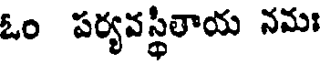
ఓం పర్యవస్థీతాయ నమః